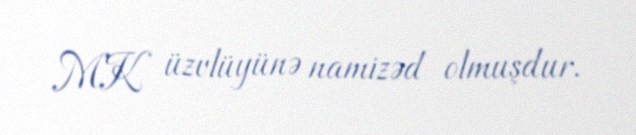
MK üzvlüyünə namizəd olmuşdur.